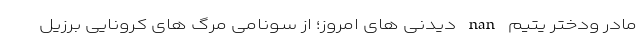
مادر ودختر یتیم nan دیدنی های امروز؛ از سونامی مرگ های کرونایی برزیل